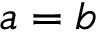
a = b